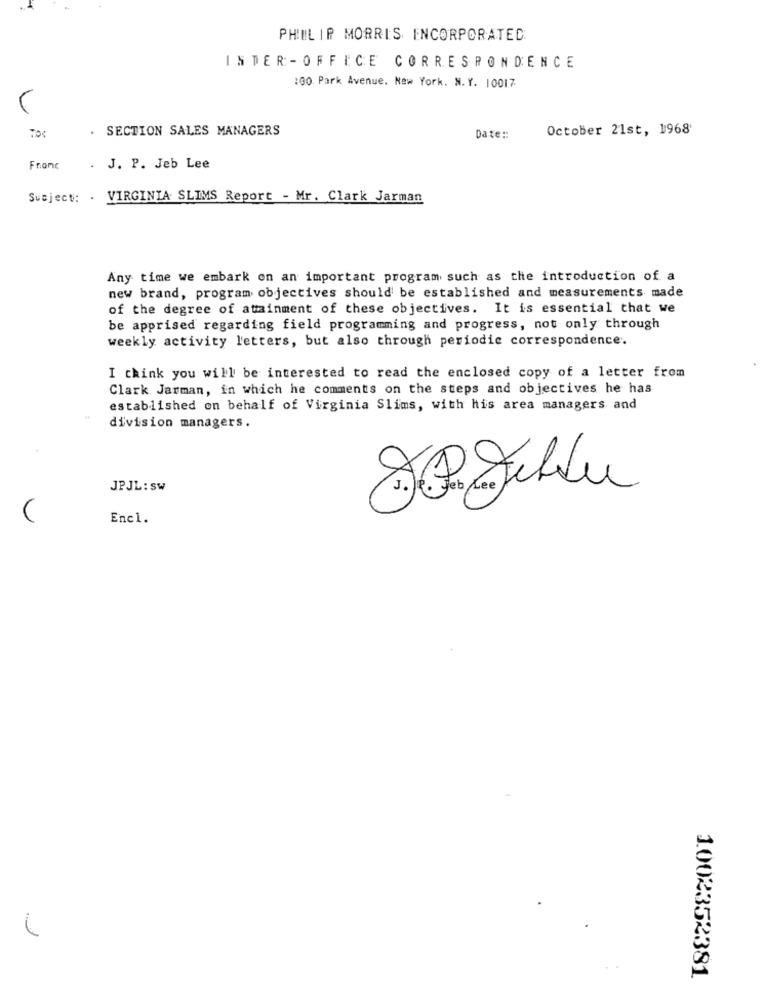
PHILIP MORRIS INCORPORATED
INTER - OFFICE CORRESPONDENCE
:00. Park Avenue. New York. N.Y. 10017
. SECTION SALES MANAGERS
October 21st, 1968'
Date ::
Franc
. J. P. Jeb Lee
Subject: . VIRGINIA SLIMS Report - Mr. Clark Jarman
Any time we embark on an important program such as the introduction of a
new brand, program objectives should be established and measurements made
of the degree of attainment of these objectives. It is essential that we
be apprised regarding field programming and progress, not only through
weekly activity letters, but also through periodic correspondence.
I think you will be interested to read the enclosed copy of a letter from
Clark Jarman, in which he comments on the steps and objectives he has
established on behalf of Virginia Slims, with his area managers and
division managers.
JPJL: SW
Encl.
1
1002352381